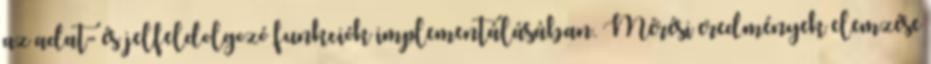
az adat- és jelfeldolgozó funkciók implementálásában. Mérési eredmények elemzése